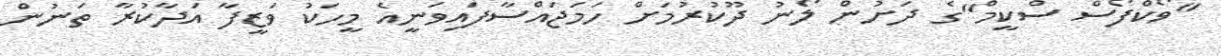
"ވޯކްފޯސް ސްކީމް"ގެ ދަށުން ލޯނު ދޫކުރުމަށް ހަމަޖައްސާފައިވަނީއެ މީހަކު ވަޒީފާ އަދާކުރާ ތަނުން